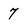
Character: 7